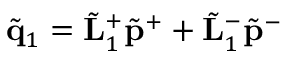
\tilde { \bf q } _ { 1 } = \tilde { \bf L } _ { 1 } ^ { + } \tilde { \bf p } ^ { + } + \tilde { \bf L } _ { 1 } ^ { - } \tilde { \bf p } ^ { - }